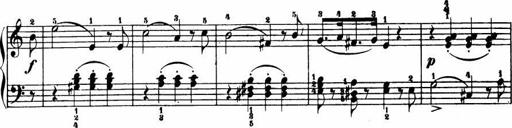
Title: Le bouquetier
Composer: Anton Diabelli
Key: G major
 C major
 F major
 C major